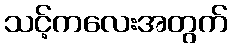
သင့်ကလေးအတွက်